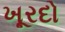
ખૂરદો